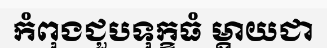
កំពុងជួបទុក្ខធំ ម្តាយជា